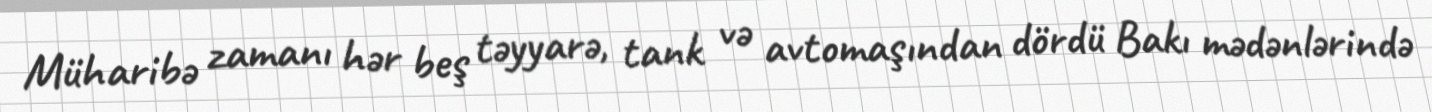
Müharibə zamanı hər beş təyyarə, tank və avtomaşından dördü Bakı mədənlərində